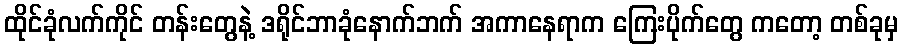
ထိုင်ခုံလက်ကိုင် တန်းတွေနဲ့ ဒရိုင်ဘာခုံနောက်ဘက် အကာနေရာက ကြေးပိုက်တွေ ကတော့ တစ်ခုမှ